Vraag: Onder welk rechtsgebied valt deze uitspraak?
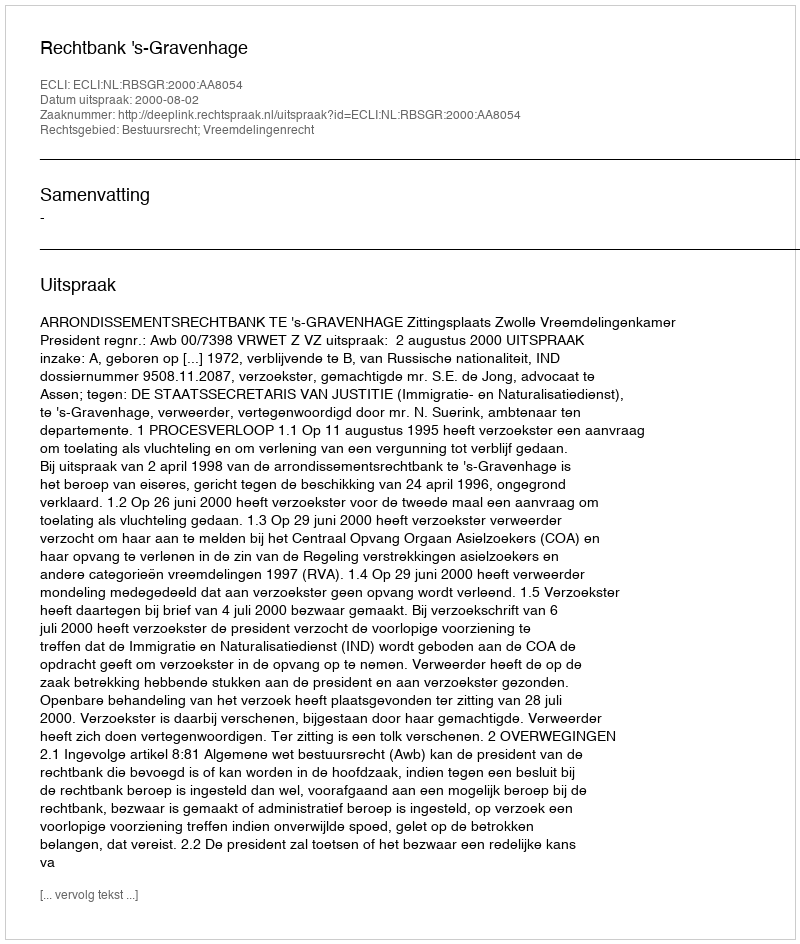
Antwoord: Bestuursrecht; Vreemdelingenrecht